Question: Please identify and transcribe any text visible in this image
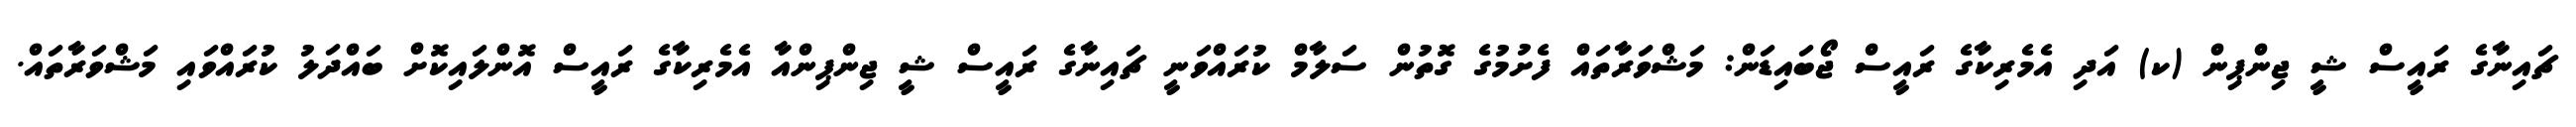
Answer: ޗައިނާގެ ރައީސް ޝީ ޖިންޕިން (ކ) އަދި އެމެރިކާގެ ރައީސް ޖޯބައިޑަން: މަޝްވަރާތައް ފެށުމުގެ ގޮތުން ސަލާމް ކުރައްވަނީ ޗައިނާގެ ރައީސް ޝީ ޖިންޕިންއާ އެމެރިކާގެ ރައީސް އޮންލައިކޮށް ބައްދަލު ކުރައްވައި މަޝްވަރާތައް.